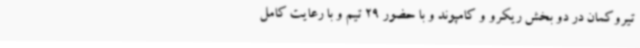
تیروکمان در دو بخش ریکرو و کامپوند و با حضور 29 تیم و با رعایت کامل